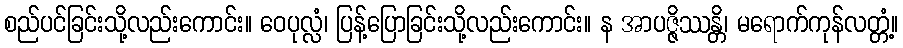
စည်ပင်ခြင်းသို့လည်းကောင်း။ ဝေပုလ္လံ၊ ပြန့်ပြောခြင်းသို့လည်းကောင်း။ န အာပဇ္ဇိဿန္တိ၊ မရောက်ကုန်လတ္တံ့။